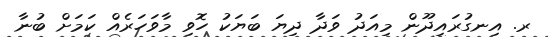
ރ. އިނގުރައިދޫން މިއަދު ވަދާ ދިޔަ ބަޔަކު ހޮވި މާވަހަރެއް ކަމަށް ބުނާ